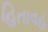
હિતાવહ